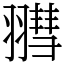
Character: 𦒄